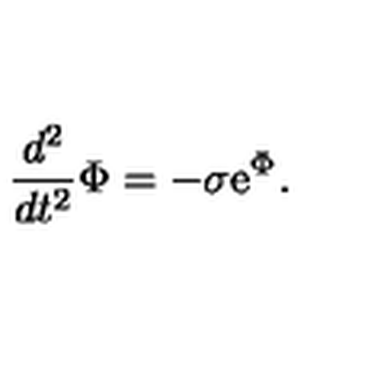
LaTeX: \frac { d ^ { 2 } } { d t ^ { 2 } } \Phi = - \sigma \mathrm { e } ^ { \Phi } .